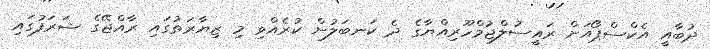
ދުބާއީ އެކްސްޕޯއަށް ރައީސުލްޖުމްހޫރިއްޔާގެ ދެ ކަނބަލުން ކުރެއްވި މި ޒިޔާރަތުގައި ރާއްޖޭގެ ޝަރަފުގައި